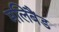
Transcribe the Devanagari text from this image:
मलिबैंड